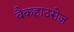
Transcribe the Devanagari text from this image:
बैकहाउसेज़